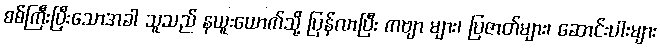
စစ်ကြီးပြီးသောအခါ သူသည် နယူးယောက်သို့ ပြန်လာပြီး ကဗျာ များ၊ ပြဇာတ်များ၊ ဆောင်းပါးများ